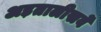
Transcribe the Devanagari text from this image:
अड़तालीसवें